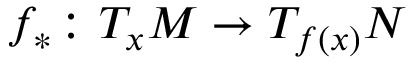
f _ { * } ^ { } \colon T _ { x } M \to T _ { f ( x ) } N